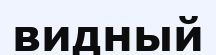
видный